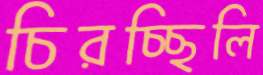
চিরচ্ছিলি